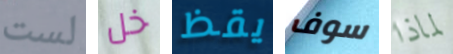
لست خل يقظ سوف لماذا